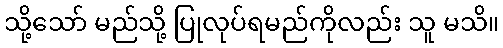
သို့သော် မည်သို့ ပြုလုပ်ရမည်ကိုလည်း သူ မသိ။